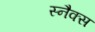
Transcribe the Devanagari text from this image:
स्‍नैक्स